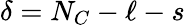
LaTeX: \delta=N_{C}-\ell-s